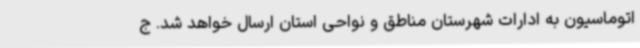
اتوماسیون به ادارات شهرستان مناطق و نواحی استان ارسال خواهد شد. ج